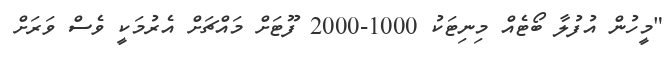
"މީހުން އުފުލާ ބޯޓެއް މިނިޓަކު 1000-2000 ފޫޓަށް މައްޗަށް އެރުމަކީ ވެސް ވަރަށް